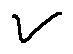
V